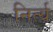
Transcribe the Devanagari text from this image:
निर्त्य